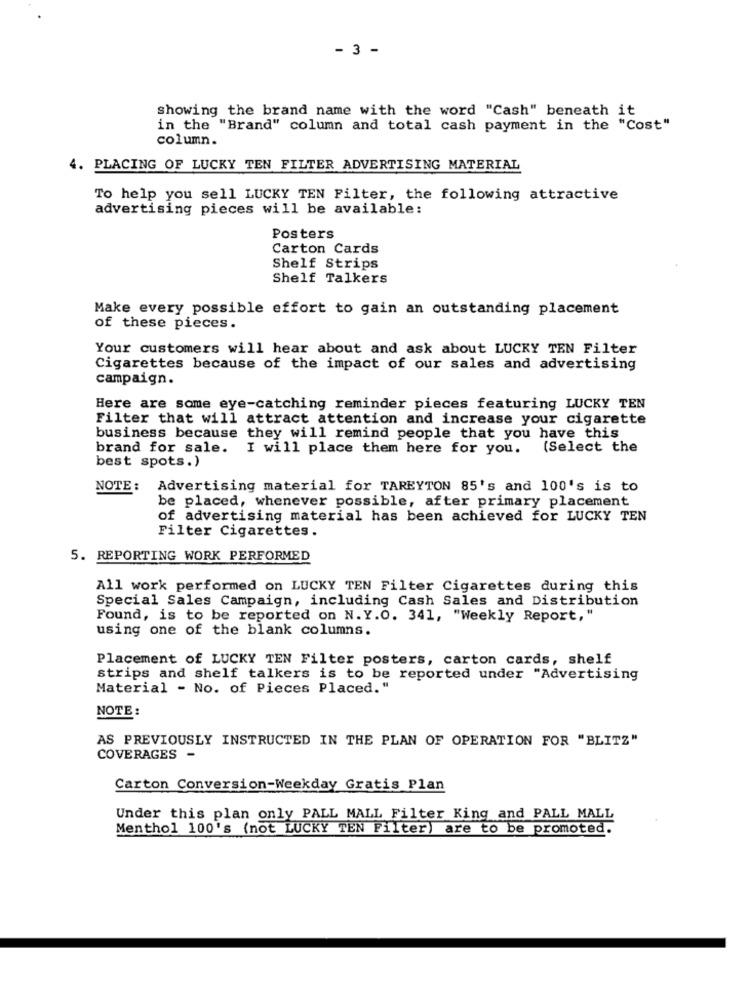
- 3 -
showing the brand name with the word "Cash" beneath it
in the "Brand" column and total cash payment in the "Cost"
column.
4. PLACING OF LUCKY TEN FILTER ADVERTISING MATERIAL
To help you sell LUCKY TEN Filter, the following attractive
advertising pieces will be available:
Posters
Carton Cards
Shelf Strips
Shelf Talkers
Make every possible effort to gain an outstanding placement
of these pieces.
Your customers will hear about and ask about LUCKY TEN Filter
Cigarettes because of the impact of our sales and advertising
campaign.
Here are some eye-catching reminder pieces featuring LUCKY TEN
Filter that will attract attention and increase your cigarette
business because they will remind people that you have this
brand for sale. I will place them here for you.
(Select the
best spots.)
NOTE :
Advertising material for TAREYTON 85's and 100's is to
be placed, whenever possible, after primary placement
of advertising material has been achieved for LUCKY TEN
Filter Cigarettes.
5. REPORTING WORK PERFORMED
All work performed on LUCKY TEN Filter Cigarettes during this
Special Sales Campaign, including Cash Sales and Distribution
Found, is to be reported on N.Y.O. 341, "Weekly Report,"
using one of the blank columns.
Placement of LUCKY TEN Filter posters, carton cards, shelf
strips and shelf talkers is to be reported under "Advertising
Material - No. of Pieces Placed. "
NOTE :
AS PREVIOUSLY INSTRUCTED IN THE PLAN OF OPERATION FOR "BLITZ"
COVERAGES -
Carton Conversion-Weekday Gratis Plan
Under this plan only PALL MALL Filter King and PALL MALL
Menthol 100's (not LUCKY TEN Filter) are to be promoted.